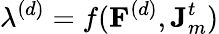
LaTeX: \lambda^{(d)}=f(\mathbf{F}^{(d)},\mathbf{J}_{m}^{t})